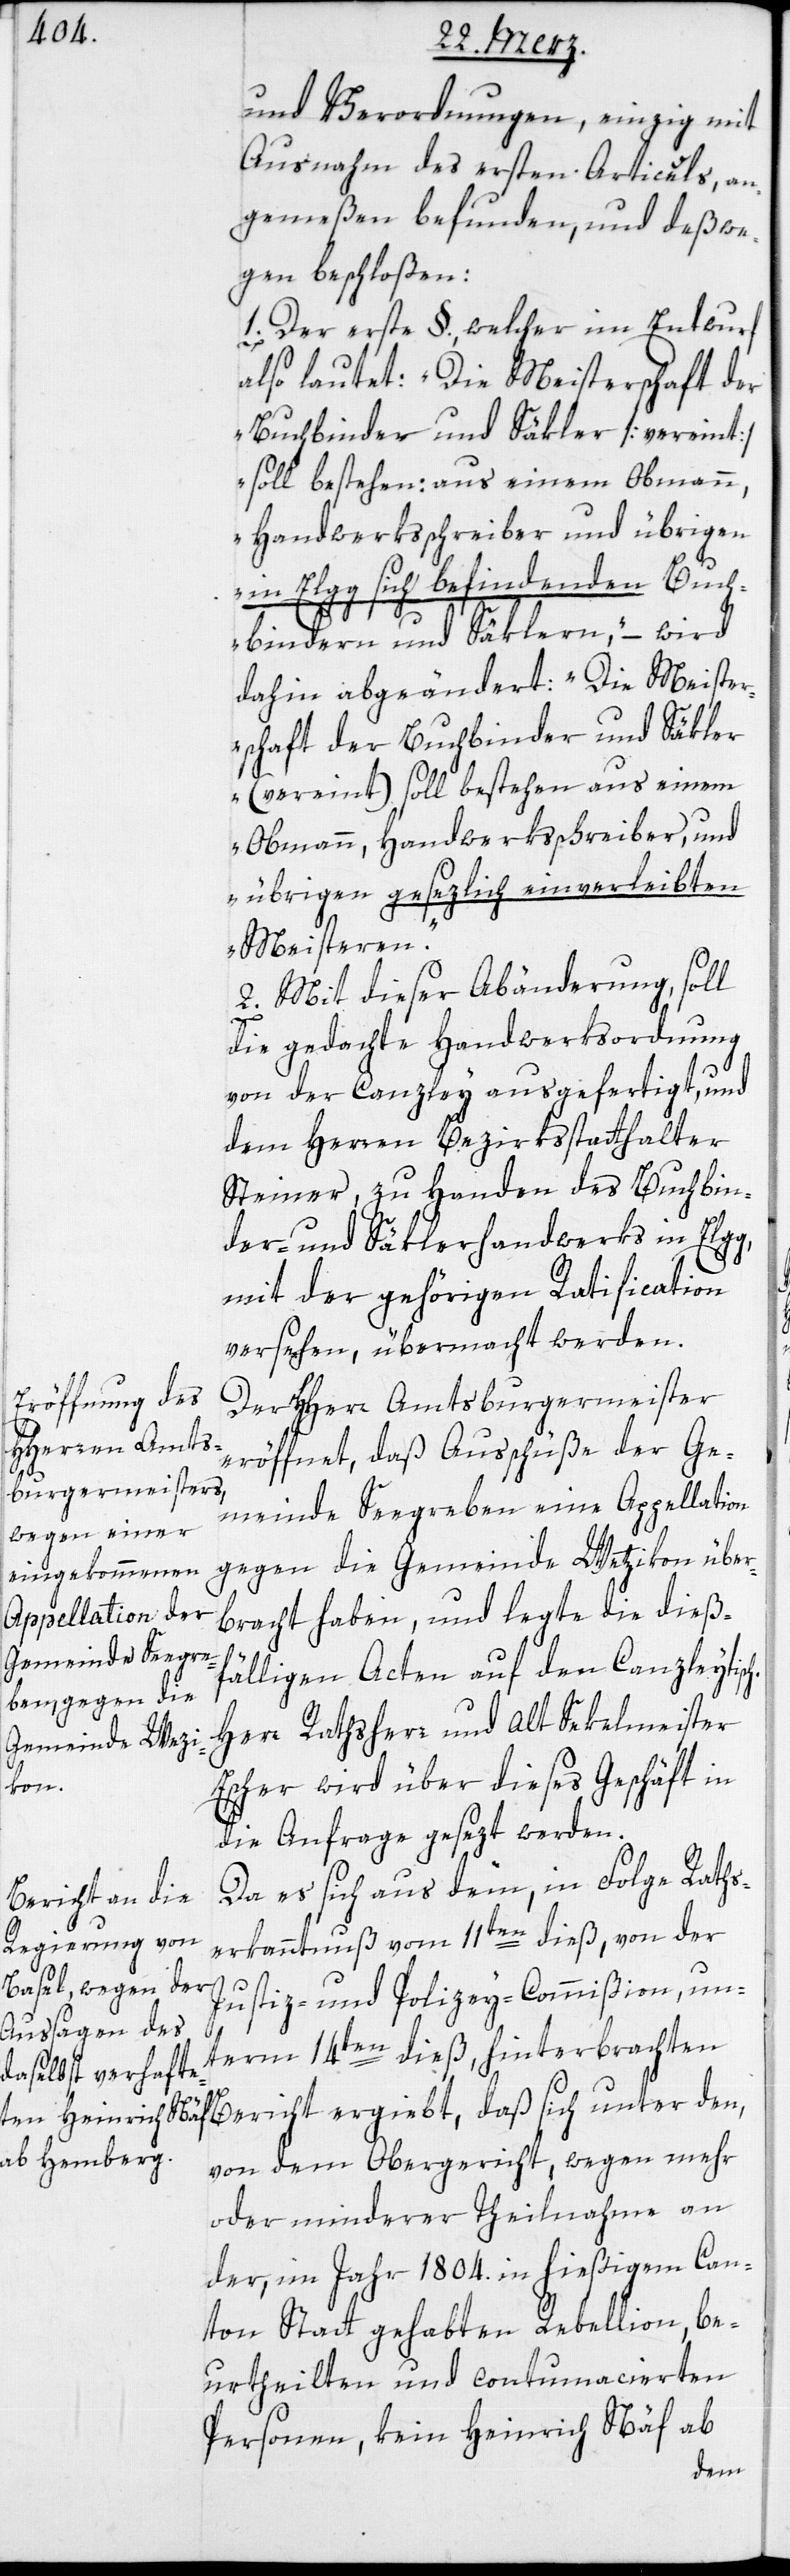
und Verordnungen, einzig mit
Ausnahme des ersten Articuls, an¬
gemeßen befunden, und deßwe¬
gen beschloßen:
1. Der erste §., welcher im Entwurf
also lautet: „Die Meisterschaft der
Buchbinder und Säkler [vereint]
soll bestehen: aus einem Obmann,
Handwerksschreiber und übrigen
in Elgg sich befindenden Buch¬
bindern und Säklern,“ – wird
dahin abgeändert: „Die Meister¬
schaft der Buchbinder und Säkler
(vereint) soll bestehen aus einem
Obmann, Handwerksschreiber und
übrigen gesezlich einverleibten
Meisteren“.
2. Mit dieser Abänderung, soll
die gedachte Handwerksordnung
von der Canzley ausgefertigt, und
dem Herren Bezirksstatthalter
Steiner, zu Handen des Buchbin¬
der- und Säklerhandwerks in Elgg,
mit der gehörigen Ratification
versehen, übermacht werden.
Der HHerr Amtsburgermeister
h.
eröffnet, daß Ausschüße der Ge¬
meinde Seegreben eine Appellation
gegen die Gemeinde Wetzikon über¬
bracht haben, und legte die dieß¬
fälligen Acten auf den Canzleytisc¬
Herr Rathsherr und Alt Sekelmeister
Escher wird über dieses Geschäft in
die Anfrage gesezt werden.
Da es sich aus dem, in Folge Raths¬
erkanntnuß vom 11ten dieß, von der
Justiz- und Polizeycommißion, un¬
term 14ten dieß hinterbrachten
von dem Obergericht, wegen mehr
oder minderer Theilnahme an
der, im Jahr 1804. in hießigem Can¬
ton Statt gehabten Rebellion, be¬
urtheilten und contumacierten
Personen, kein Heinrich Näf ab
den,